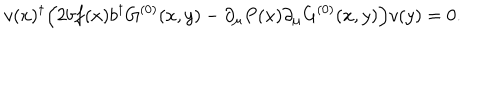
LaTeX: v ( x ) ^ { \dagger } \Bigl ( 2 b f ( x ) b ^ { \dagger } G ^ { ( 0 ) } ( x , y ) - \partial _ { \mu } P ( x ) \partial _ { \mu } G ^ { ( 0 ) } ( x , y ) \Bigr ) v ( y ) = 0 .